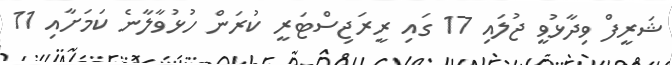
ޝަރީފް ވިދާޅުވީ ޖުލައި 17 ގައި ރީރަޖިސްޓަރީ ކުރަން ހުޅުވާލާނެ ކަމަށާއި 11